Indian journal of veterinary science and animal husbandry - Volume 14,
Year: 1944
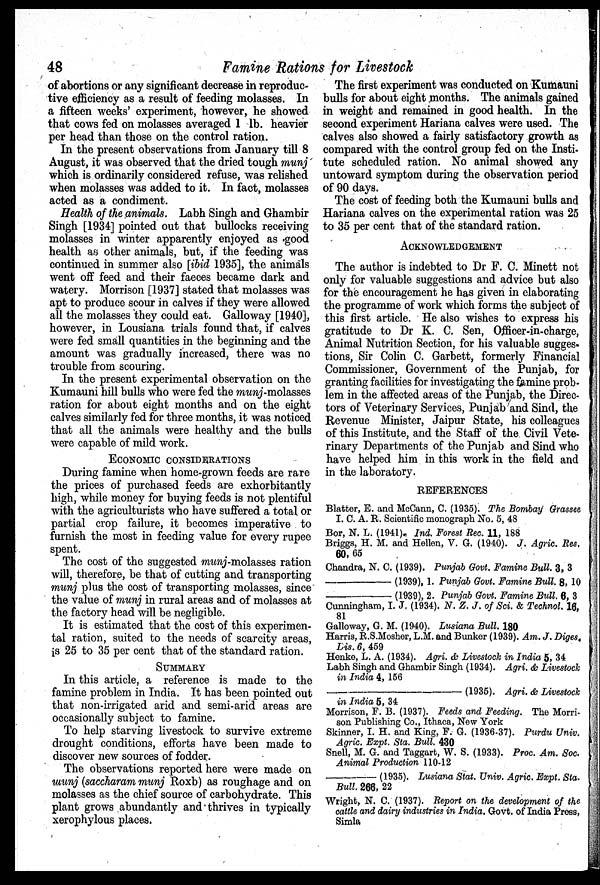
48
Famine Rations for Livestock
of abortions or any significant decrease in reproduc-
tive efficiency as a result of feeding molasses. In
a fifteen weeks' experiment, however, he showed
that cows fed on molasses averaged 1 lb. heavier
per head than those on the control ration.
In the present observations from January till 8
August, it was observed that the dried tough munj
which is ordinarily considered refuse, was relished
when molasses was added to it. In fact, molasses
acted as a condiment.
Health of the animals. Labh Singh and Ghambir
Singh [1934] pointed out that bullocks receiving
molasses in winter apparently enjoyed as good
health as other animals, but, if the feeding was
continued in summer also [ibid 1935], the animals
went off feed and their faeces became dark and
watery. Morrison [1937] stated that molasses was
apt to produce scour in calves if they were allowed
all the molasses they could eat. Galloway [1940],
however, in Lousiana trials found that, if calves
were fed small quantities in the beginning and the
amount was gradually increased, there was no
trouble from scouring.
In the present experimental observation on the
Kumauni hill bulls who were fed the munj-molasses
ration for about eight months and on the eight
calves similarly fed for three months, it was noticed
that all the animals were healthy and the bulls
were capable of mild work.
ECONOMIC CONSIDERATIONS
During famine when home-grown feeds are rare
the prices of purchased feeds are exhorbitantly
high, while money for buying feeds is not plentiful
with the agriculturists who have suffered a total or
partial crop failure, it becomes imperative to
furnish the most in feeding value for every rupee
spent.
The cost of the suggested munj-molasses ration
will, therefore, be that of cutting and transporting
munj plus the cost of transporting molasses, since
the value of munj in rural areas and of molasses at
the factory head will be negligible.
It is estimated that the cost of this experimen-
tal ration, suited to the needs of scarcity areas,
is 25 to 35 per cent that of the standard ration.
SUMMARY
In this article, a reference is made to the
famine problem in India. It has been pointed out
that non-irrigated arid and semi-arid areas are
occasionally subject to famine.
To help starving livestock to survive extreme
drought conditions, efforts have been made to
discover new sources of fodder.
The observations reported here were made on
munj (saccharam munj Roxb) as roughage and on
molasses as the chief source of carbohydrate. This
plant grows abundantly and thrives in typically
xerophylous places.
The first experiment was conducted on Kumauni
bulls for about eight months. The animals gained
in weight and remained in good health. In the
second experiment Hariana calves were used. The
calves also showed a fairly satisfactory growth as
compared with the control group fed on the Insti-
tute scheduled ration. No animal showed any
untoward symptom during the observation period
of 90 days.
The cost of feeding both the Kumauni bulls and
Hariana calves on the experimental ration was 25
to 35 per cent that of the standard ration.
ACKNOWLEDGEMENT
The author is indebted to Dr F. C. Minett not
only for valuable suggestions and advice but also
for the encouragement he has given in elaborating
the programme of work which forms the subject of
this first article. He also wishes to express his
gratitude to Dr K. C. Sen, Officer-in-charge,
Animal Nutrition Section, for his valuable sugges-
tions, Sir Colin C. Garbett, formerly Financial
Commissioner, Government of the Punjab, for
granting facilities for investigating the famine prob-
lem in the affected areas of the Punjab, the Direc-
tors of Veterinary Services, Punjab and Sind, the
Revenue Minister, Jaipur State, his colleagues
of this Institute, and the Staff of the Civil Vete-
rinary Departments of the Punjab and Sind who
have helped him in this work in the field and
in the laboratory.
REFERENCES
Blatter, E. and McCann, C. (1935). The Bombay Grassee
I. C. A. R. Scientific monograph No. 5, 48
Bor, N. L. (1941). Ind. Forest Rec. 11, 188
Briggs, H. M. and Hellen, V. G. (1940). J. Agric. Res.
60, 65
Chandra, N. C. (1939). Punjab Govt. Famine Bull. 3, 3
—
(1939), 1. Punjab Govt. Famine Bull. 8, 10
—
(1939), 2. Punjab Govt. Famine Bull. 6, 3
Cunningham, I. J. (1934). N. Z. J. of Sci. & Technol. 16,
81
Galloway, G. M. (1940). Lusiana Bull. 180
Harris, R.S.Mosher, L.M. and Bunker (1939). Am. J. Diges.
Lis. 6, 459
Henke, L. A. (1934). Agri. & Livestock in India 5, 34
Labh Singh and Ghambir Singh (1934). Agri. & Livestock
in India 4, 156
—
(1935). Agri. & Livestock
in India 5, 34
Morrison, F. B. (1937). Feeds and Feeding. The Morri-
son Publishing Co., Ithaca, New York
Skinner, I. H. and King, F. G. (1936-37). Purdu Univ.
Agric. Expt. Sta. Bull. 430
Snell, M. G. and Taggart, W. S. (1933). Proc. Am. Soc.
Animal Production 110-12
—
(1935). Lusiana Stat. Univ. Agric. Expt. Sta.
Bull. 266, 22
Wright, N. C. (1937). Report on the development of the
cattle and dairy industries in India. Govt. of India Press,
Simla